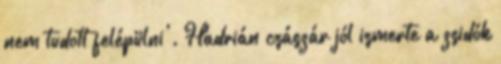
nem tudott felépülni'. Hadrián császár jól ismerte a zsidók